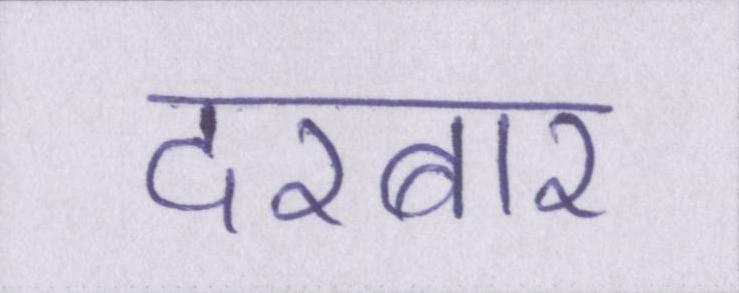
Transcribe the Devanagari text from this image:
दरबार